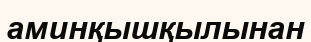
аминқышқылынан